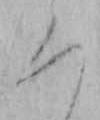
ろ